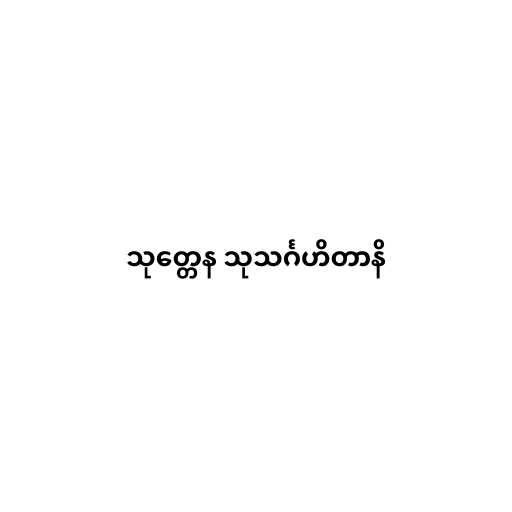
သုတ္တေန သုသင်္ဂဟိတာနိ